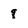
Character: q